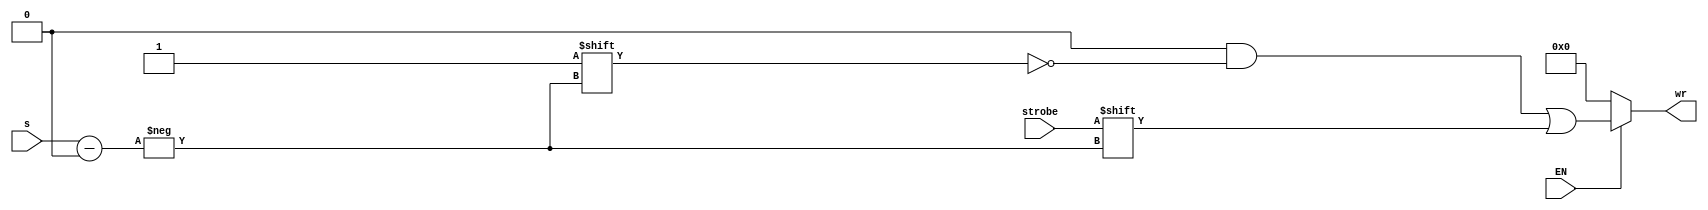
`timescale 1ns / 1ps
//****************************************************************//
//                                                                //
//  Created by       Thomas Nguyen on 2/22/19.                    //
//  Copyright c 2019 Thomas Nguyen. All rights reserved.          //
//                                                                //
//                                                                //
//  In submitting this file for class work at CSULB               //
//  I am confirming that this is my work and the work             //
//  of no one else. In submitting this code I acknowledge that    //
//  plagiarism in student project work is subject to dismissal.   //
//  from the class                                                //
//****************************************************************//
module addr_dec(s, EN, strobe, wr);

input            EN, strobe;
input      [2:0] s;
output reg [7:0] wr;

always@(*) begin
   wr = 8'b0;
   case(EN)
       1'b1  : wr[s] = strobe;
      default: wr = wr;
   endcase
   end

endmodule